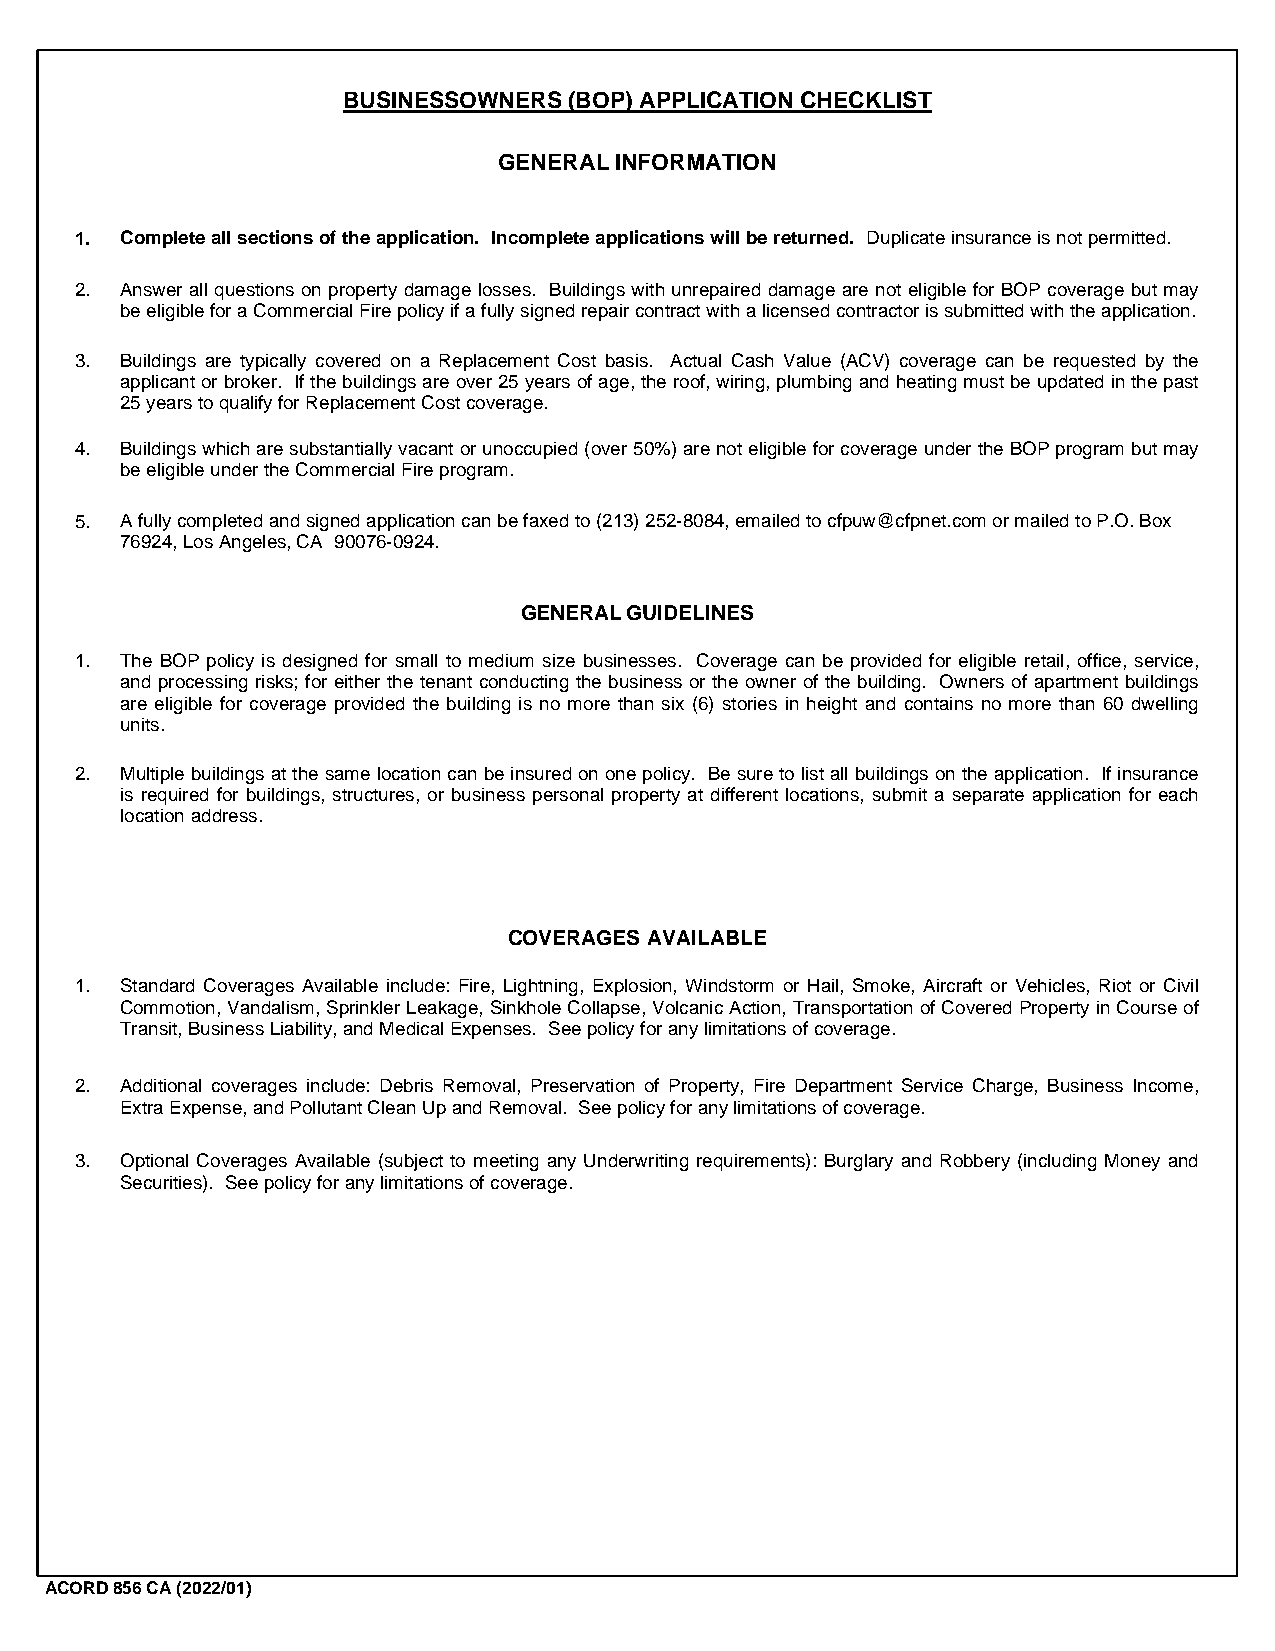
BUSINESSOWNERS (BOP) APPLICATION CHECKLIST
 GENERAL INFORMATION
 1. Complete all sections of the application. Incomplete applications will be returned. Duplicate insurance is not permitted.
 2. Answer all questions on property damage losses. Buildings with unrepaired damage are not eligible for BOP coverage but may
 be eligible for a Commercial Fire policy if a fully signed repair contract with a licensed contractor is submitted with the application.
 3. Buildings are typically covered on a Replacement Cost basis. Actual Cash Value (ACV) coverage can be requested by the
 applicant or broker. If the buildings are over 25 years of age, the roof, wiring, plumbing and heating must be updated in the past
 25 years to qualify for Replacement Cost coverage.
 4. Buildings which are substantially vacant or unoccupied (over 50%) are not eligible for coverage under the BOP program but may
 be eligible under the Commercial Fire program.
 5. A fully completed and signed application can be faxed to (213) 252-8084, emailed to cfpuw@cfpnet.com or mailed to P.O. Box
 76924, Los Angeles, CA 90076-0924.
 GENERAL GUIDELINES
 1. The BOP policy is designed for small to medium size businesses. Coverage can be provided for eligible retail, office, service,
 and processing risks; for either the tenant conducting the business or the owner of the building. Owners of apartment buildings
 are eligible for coverage provided the building is no more than six (6) stories in height and contains no more than 60 dwelling
 units.
 2. Multiple buildings at the same location can be insured on one policy. Be sure to list all buildings on the application. If insurance
 is required for buildings, structures, or business personal property at different locations, submit a separate application for each
 location address.
 COVERAGES AVAILABLE
 1. Standard Coverages Available include: Fire, Lightning, Explosion, Windstorm or Hail, Smoke, Aircraft or Vehicles, Riot or Civil
 Commotion, Vandalism, Sprinkler Leakage, Sinkhole Collapse, Volcanic Action, Transportation of Covered Property in Course of
 Transit, Business Liability, and Medical Expenses. See policy for any limitations of coverage.
 2. Additional coverages include: Debris Removal, Preservation of Property, Fire Department Service Charge, Business Income,
 Extra Expense, and Pollutant Clean Up and Removal. See policy for any limitations of coverage.
 3. Optional Coverages Available (subject to meeting any Underwriting requirements): Burglary and Robbery (including Money and
 Securities). See policy for any limitations of coverage.
 ACORD 856 CA (2022/01)